Annual report on the working of the lock hospitals in the North-Western Provinces and Oudh
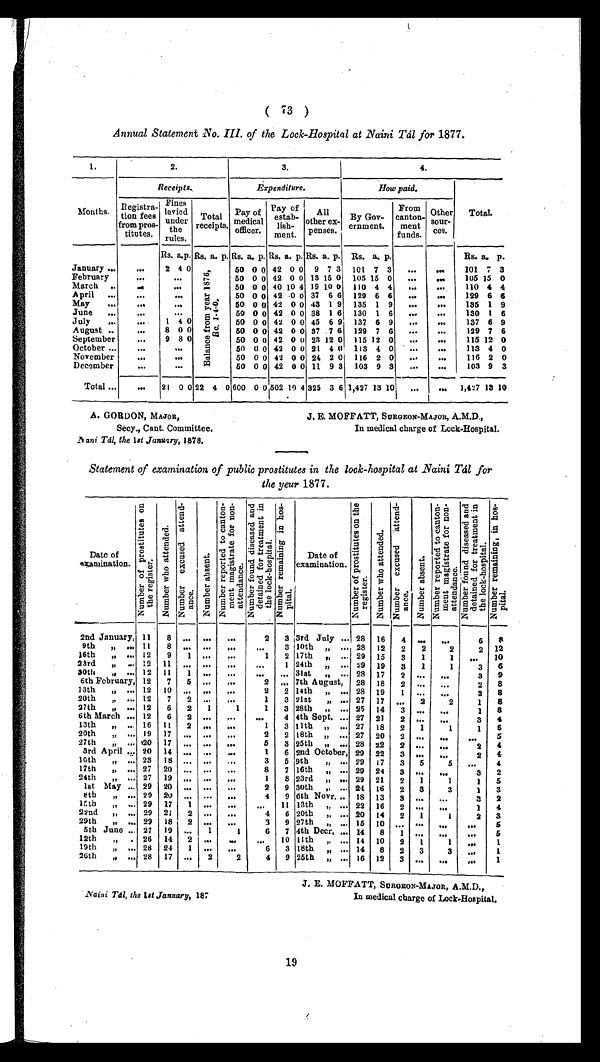
1.
2 .
3.
4.
Receipts.
Expenditure.
How paid.
Months. Registra-
tion fees
from pros-
titutes.
Fines
levied
under
the
rules.
Total
receipts.
Pay of
officer.
Pay of
estab-
lish-
ment.
All
other ex-
penses.
By Gov-
ernment.
From
canton-
ment
funds.
Other
sour-
ces.
Total.
Rs. a.p. Rs. a. p. Rs. a. p. Rs. a. p. Rs. a. p. Rs. a. p.
Rs. a. p.
January ... ... 2 4
B a l a n c e f r o m y e a r 1 8 7 6 , R e . 1 - 1 - 0 .
50 0 0 42 0 0 9 7 3 101 7 3 ... ... 101 7 3
February
...
. . o
50 0 0 42 0 0 13 15 0 105 15 0 ... ... 105 15 0
March .. . . .
WI
50 0 0 40 10 4 19 10 0 110 4 4 . . . ... 110 4 4
April ...
. . .
. . .
50 0 0 42 0 0 37 6 6 129 6 6 ... ... 129 6 6
May ...
. . .
...
50 0 0 42 0 0 43 1 9 135 1 9 ... ... 135 1 9
June ... ...
. .
50 0 0 42 0 0 38 1 6 130 1 6 ... ... 130 1 6
July ... ... 1 4 0 .
50 0 0 42 0 0 45 6 9 137 6 9 ... ... 137 6 9
August ..
... 8 0 0
50 0 0 42 0 0 37 .7 6 129 7 6 ... ... 129 7 6
September ... 9 8 0
50 0 0 42 0 o 23 12 0 115 12 0 ... ... 115 12 0
October ...
. .
...
50 0 0 42 0 0 21 4 0 113 4 0 ... ... 113 4 0
November
. . .
WI
50 0 0 42 0 0 24 2 0 116 2 0 ... ... 116 2 0
December
. . . .
...
50 0 0 42 0 0 11 9 3 103 9 3 ... ... 103 9 3
Total ... ... 21 0 0 22 4 0 600 0 0 502 10 4 325 3 6 1,427 13 10 ... ... 1,427 13 10
A. GORDON, MAJOR,
Secy., Cant. Committee.
1Vani Toil, the 1st January, 1878.
J. E. MOFFATT, SURGEON-MAJOR, A.M.D.,
In medical charge of Lock-Hospital.
Statement of examination of public prostitutes in the lock-hospital at Naini Till for
the year 1877.
Date of
glxamination.
a 0
ta 0 . )
E. )
02 0
:-. a. f , - , .
.+, .., r , 1
' .54
34 w
0 3,
8c 0 . . . . ,
Z
.
rz a)
rd
4. 2
. . . .
a
0
40
t . . .
0
.0
s =
Z
., PI
. 4.
+.
,c) 0 0 c. )
I . . i
,
r_. 0 .
.= 5 0 03
Z
41 PI 4)
. . T
as
s. 0
4: 1
a 0
Z
s
C a
0 0
VI 03 14
c. ) co
a "
4- ' tu
. , . . .
ri ZI al
a) r.
1: 1 'I '
o 1.1 41
R. cd 0
; -, 2 c Ts
3. 1 PCS
04. 0
40 C 6: 1
, . . 9
Fi , ..
p010
4
00-,,,..
.b0 0 . ...
cs
mt 4 4
a., 0
, y,
cd . . . .
a) a ...:
2, 9,
.0 z.-- a4 1
rcs '
6' '
0 4. , 0
0 ' Xi i
4- 1 . 4-' , t
3. 0 0
31) . . . . r-.
.0 5, w
Q) 4:1
o'a-l-,
Z
1
c
' 14 6. 4
to pi
--. g
.' a 0
r. 0.-3
.0 a
El ' 14
00.
Z
Date of
examination.
0
. 33
...
0 Q ca
0
*5 42
... IA
2 a.
4. 4 .
o k
3.. 2
a) .0)
42 51)
s CP
,-
4
rd
re PI
0
. . . .
1 0
A r e . :
k
.
43 s 0
Z
1
. c) a
a)
I
1: 1
0 .
F. ,
>4
0
ui , a
..0 0
s =
0 0
Z
.
4a a 0 M
' C' '
03
Le
0 , . . . ,
.4' E a
z
4 03
. . . . . . pi
o 03 s. 4
c) 0
4-' 0
'0 ' al
. . ․) L.
;4 t
.° a 6°.
03 0.3
- s s: i
P4
3. _ r01
co . . . . . s z t 1
, p„.....
E . . . . ,
0 CL 3
Z
0 4 . 44.
1 , al
a) 4)
.2 2
CD 0
m a),4
471 . 11 a;t4
MI $-. f„", ;43
4- 9 °0
. s7
a z rd ,,,, 0
3.. a 0
41373 . -1 w
E.,/ 0 .=
0 ri : 1 - e-,
Z
44 -.
an
El
, s4
8
P.
3.
0,-.
4' 11
E .g.
0 -.
z
2nd January, 11 8 ... ... ...
2 3 13rd July ... 28 16 4 ... ...
6 8
9th 0 ... 11 8 ". ... ...
. . . 3 110th „ ... 28 12 2 2
2
2 12
16th " ... 12 9 1 ... ...
1 2 17th „ ... 29 15 3 1
1 ,_ 10
2Srd " .. 12 ". 11
... ...
. . . 1 24th „ ... 29 19 3 1
1
3 6
30th ,, ... 12 11 1 ". ... ... ... 31st ,, ... 28 17 2 ... ...
3 9
6th February, 12 7 5 ... ...
2 „. 7th August, 28 18 2 ... ...
2 8
13th " ." 12 10 „. ." ".
2 2 14th ,, ... 28 19 1 ... ...
3 8
20th „ ... 12 7 2 ... ...
1 3 21st „ ... 27 17 ... 2
2
1 8
27th , ... 12 6 2 1
1
1 3 28th „ ... 25 14 3 ... ...
1 8
6th March ... 12 6 2 ... ... ". 4 4th Sept. ... 27 21 2 ... ...
3 4
13th „ ... 16 11 2 ... ...
1 3 11th „ ... 27 18 2 1
1
1 6
20th „ ... 19 17 ... ... ...
2 2 18th " ". 27 20 2 ... ....
5
27th „ ... 20 17 ... ... ...
5 3 25th , I p ... 28 22 2 ... ...
". 2 4
3rd April ... 20 14 ... ... ...
1 6 2nd October, 29 22 3 ...
2 4
16th „ ... 23 18 ... ... ...
3 5 9th „ ... 29 )7 3 5
... 5
4
17th „ .., 27 20 ... ... ...
8 7 16th „ ... 29 24 3 ... ...
... 3 2
24th „ ... 27 19 ... ... ...
1 8 23rd „ ... 29 21 2 1
1
1 5
1st May ... 29 20 ... ... ...
2 9 30th ,. ... 24 16 2 3
3
1 3
8th „ ... 29 20 ... ... ...
4 9 6th Novr... 18 13 3 ... ...
3 2
15th „ ... 29 17 1 ... ... ". 11 13th " ". 22 16 2 ... ...
1 4
22nd ,, ... 29 21 2 ... ...
4 6 20th ,, ... 20 14 2 1
1
2 3
29th „ ... 29 18 2 ... ...
3 9 27th „ ... 16 10 ... ... ... ... 5
5th June ... 27 19 ... 1
1
6 7 4th Decr. ... 14 8 1 ... ...
. . . 5
12th „ . 26 14 2 ... ... ... 10 11th „ ... 14 10 2 1
1
1
19th „ ... 28 24 1 ... ...
6 3 18th „ ... 14 8 2 3
3
...
... 1
26th ,, ... 28 17 ... 2 I 2
4 9 25th ,, ... 16 12 3 ... ... ... 1
IVaini TA the 1st January, 187
J. E. MOFFATT, SURGEON-MAJOR, A.M.D.,
In medical charge of Lock-Hospital.
19